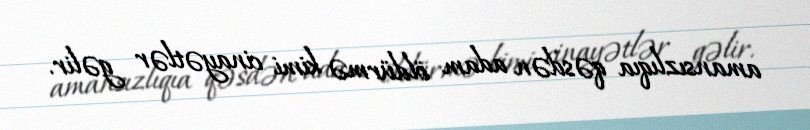
amansızlıqıa qəsdən adam öldürmə kimi cinayətlər gəlir.